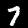
Digit: 7